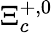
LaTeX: \Xi_{c}^{+,0}